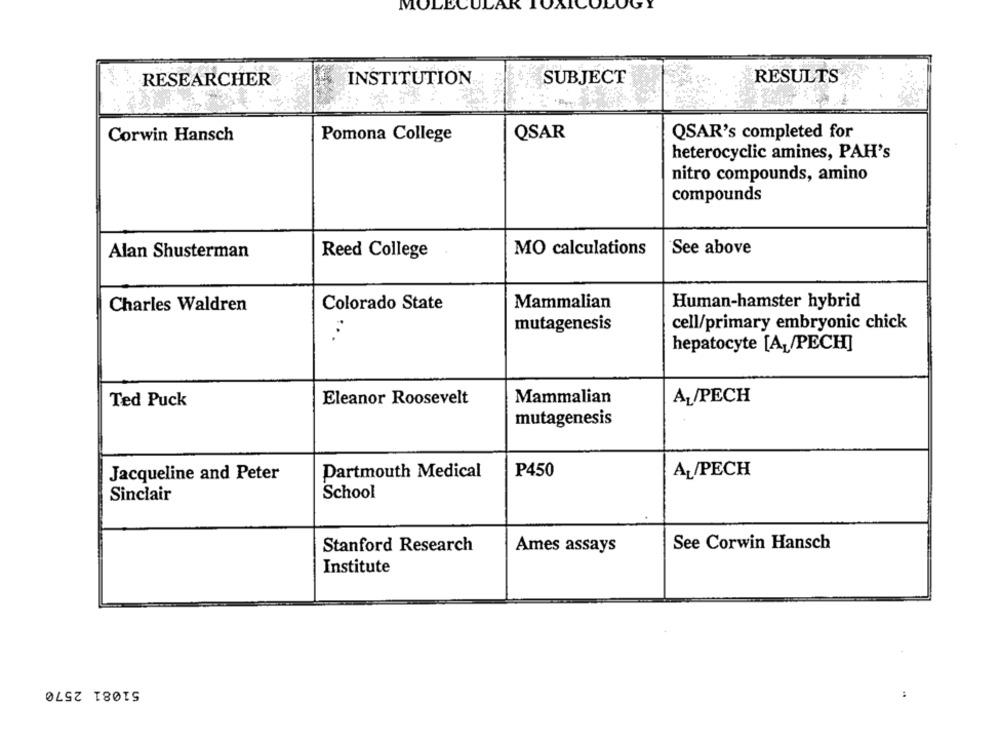
MOLECULAR
OLOGY
RESEARCHER
INSTITUTION
SUBJECT
RESULTS
Corwin Hansch
Pomona College
QSAR
QSAR's completed for
heterocyclic amines, PAH's
nitro compounds, amino
compounds
MO calculations
See above
Alan Shusterman
Reed College
Mammalian
Human-hamster hybrid
Charles Waldren
Colorado State
mutagenesis
cell/primary embryonic chick
. .
hepatocyte [A]/PECH]
Eleanor Roosevelt
Mammalian
AL/PECH
Ted Puck
mutagenesis
Jacqueline and Peter
Dartmouth Medical
P450
AL/PECH
Sinclair
School
Stanford Research
Ames assays
See Corwin Hansch
Institute
51081 2570